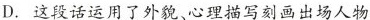
D. 这段话运用了外貌。心理描写刻画出场人物